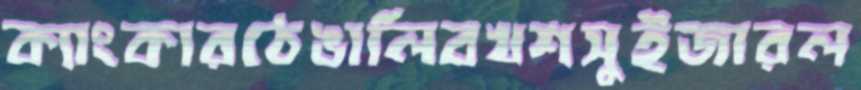
ক্যাংকারঠেঙালিবখশসুইজারল